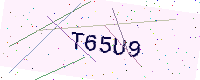
Text: T65U9